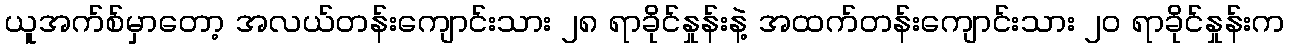
ယူအက်စ်မှာတော့ အလယ်တန်းကျောင်းသား ၂၈ ရာခိုင်နှုန်းနဲ့ အထက်တန်းကျောင်းသား ၂၀ ရာခိုင်နှုန်းက